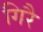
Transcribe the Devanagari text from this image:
गिरै